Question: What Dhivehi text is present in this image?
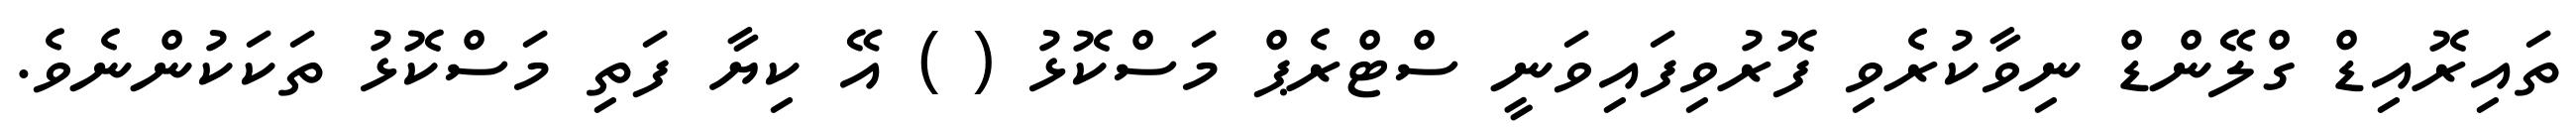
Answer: ތައިރޮއިޑް ގްލޭންޑް ނިވާކުރެވި ފޮރުވިފައިވަނީ ސްޓްރެޕް މަސްކޮޅު ( ) އޭ ކިޔާ ފަތި މަސްކޮޅު ތަކަކުންނެވެ.